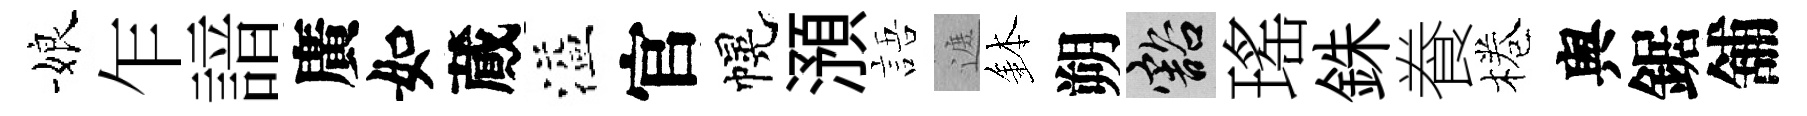
娘乍諳廣如蕆溢官幌澦語遮鉢朔豁瑤銖飬棬舆鋸舖